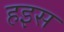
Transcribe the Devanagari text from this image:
हइस